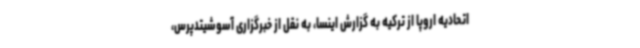
اتحادیه اروپا از ترکیه به گزارش اینسا، به نقل از خبرگزاری آسوشیتدپرس،